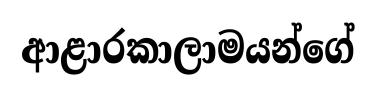
ආළාරකාලාමයන්ගේ